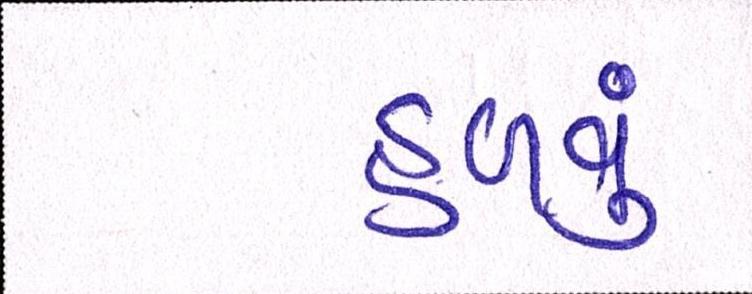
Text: હળવું